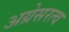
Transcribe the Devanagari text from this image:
अग्रेसरत्व